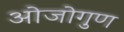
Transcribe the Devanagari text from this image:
ओजोगुण